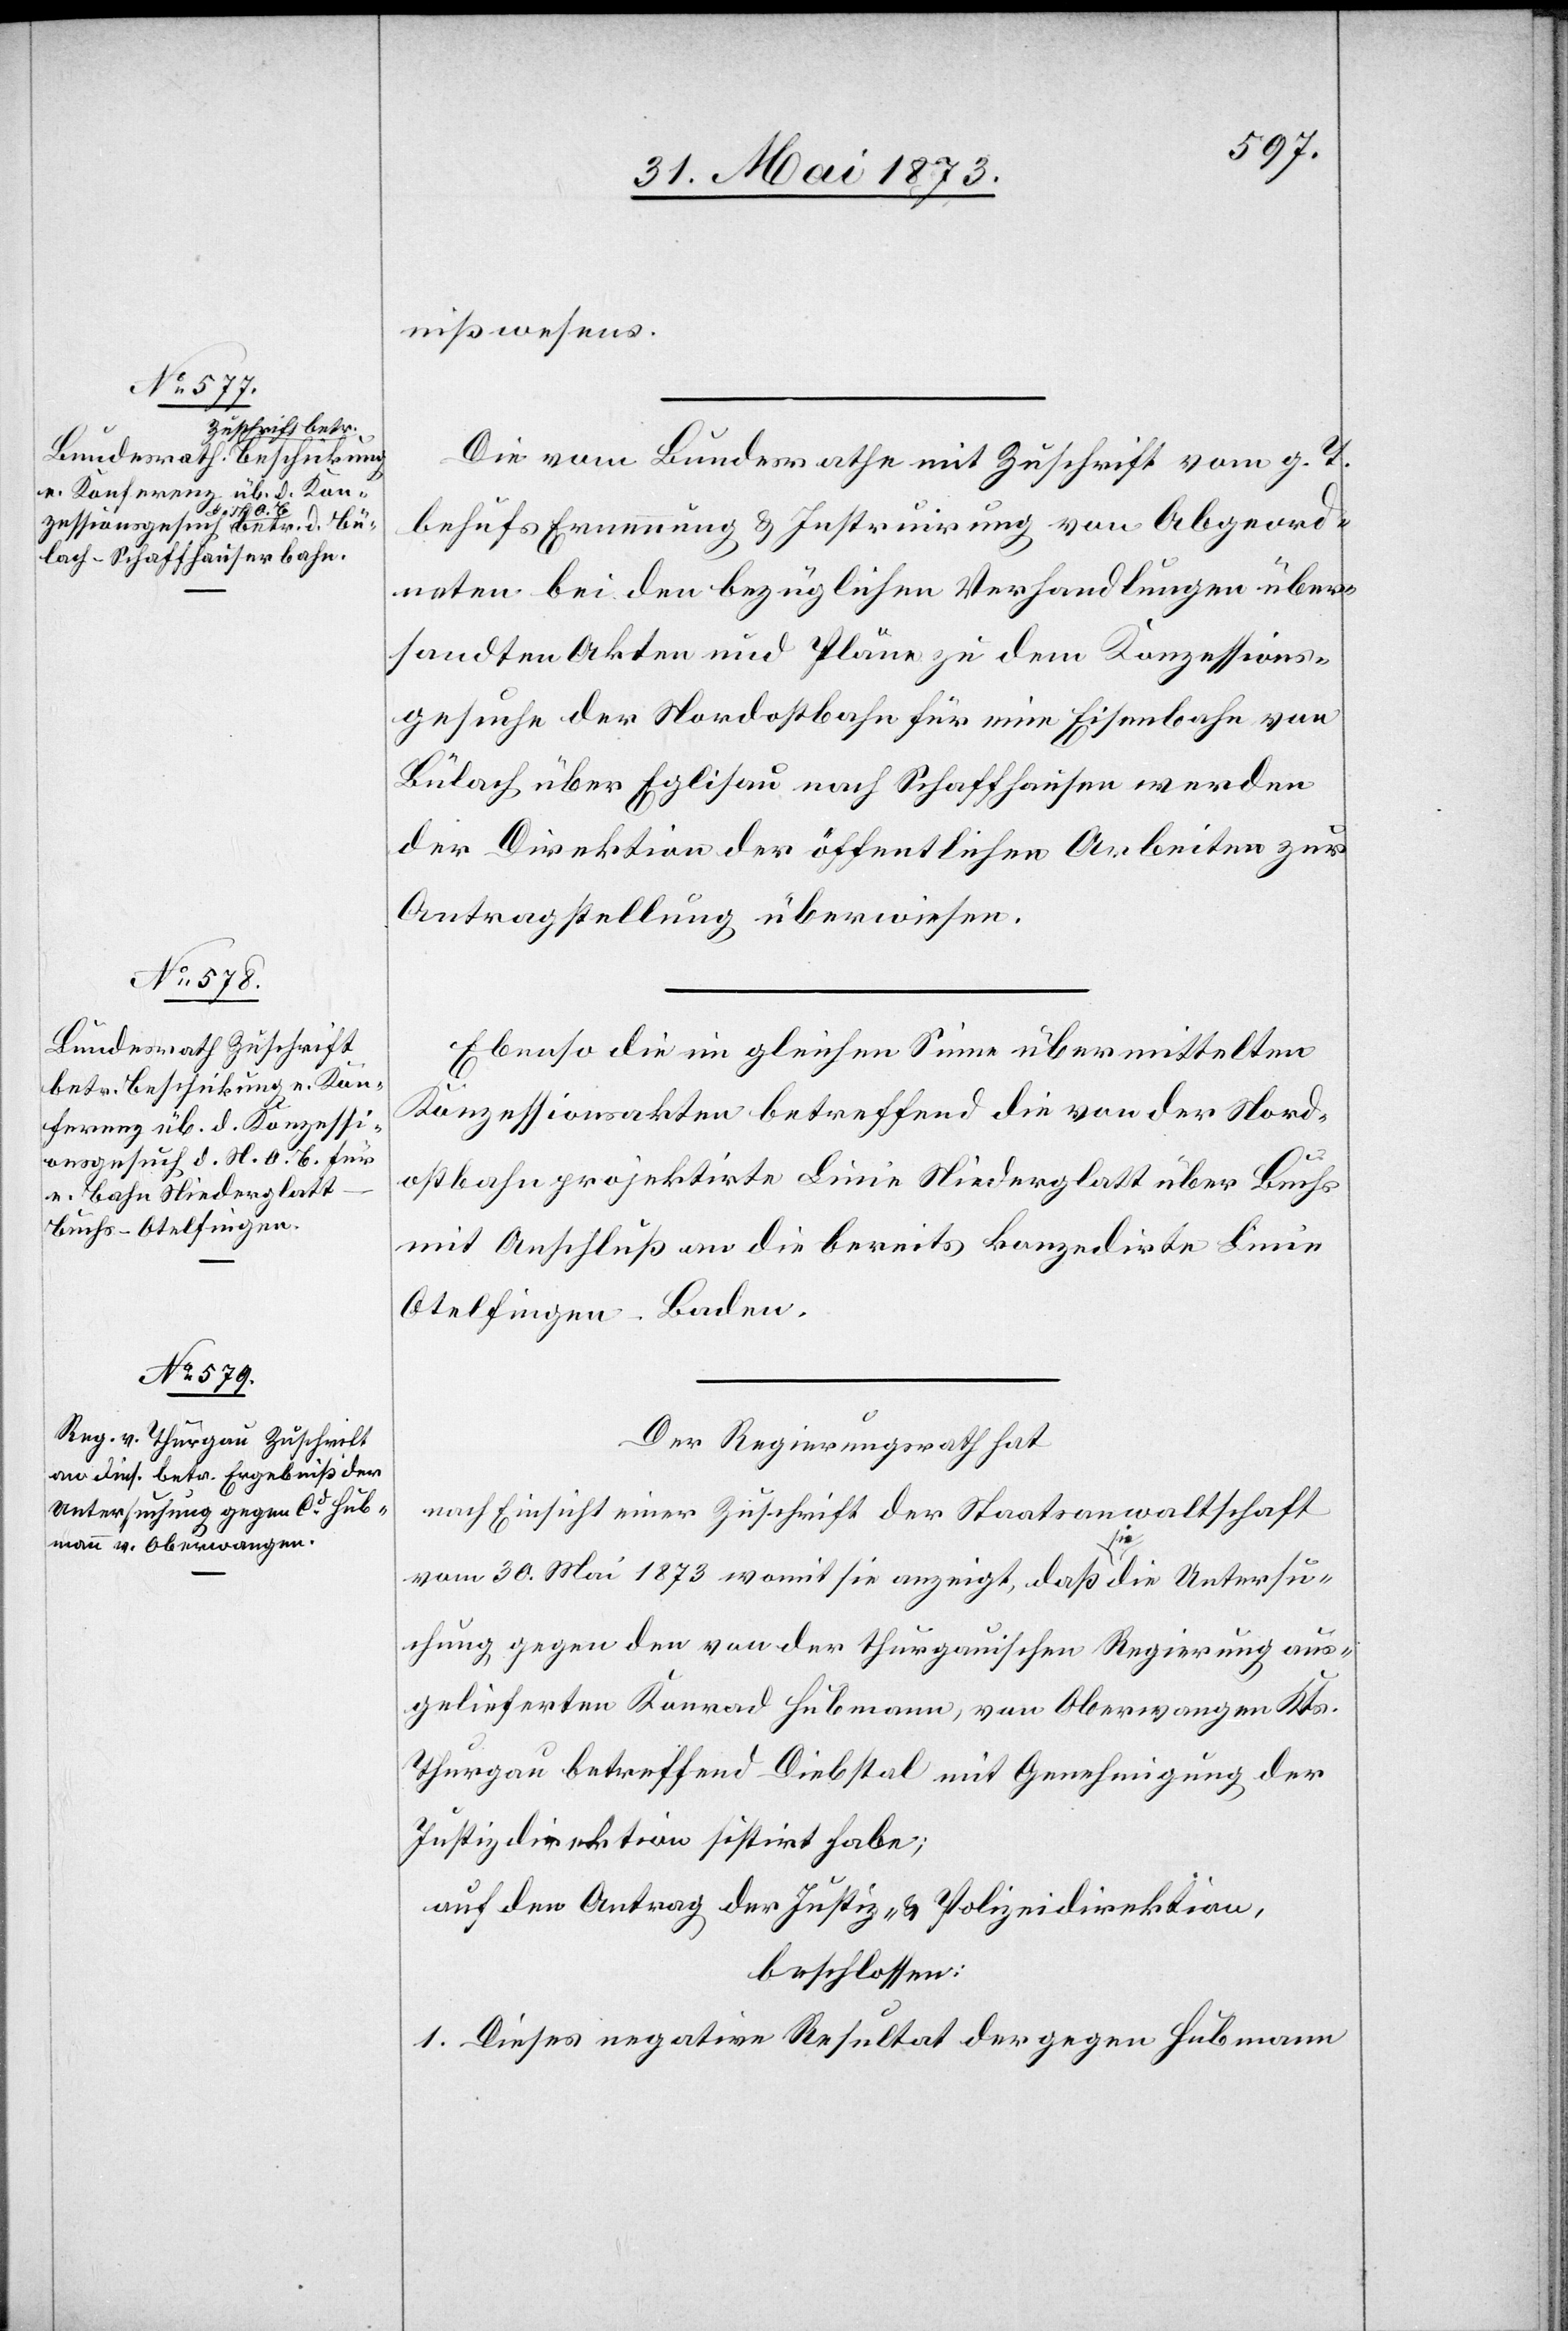
31. Mai 1873]
nißwesens.
Die vom Bundesrathe mit Zuschrift vom g. T.
behufs Ernennung & Instruirung von Abgeord¬
neten bei den bezüglichen Verhandlungen über¬
sandten Akten und Pläne zu dem Konzessions¬
gesuche der Nordostbahn für eine Eisenbahn von
Bülach über Eglisau nach Schaffhausen werden
der Direktion der öffentlichen Arbeiten zur
Antragstellung überwiesen.
Ebenso die im gleichen Sinne übermittelten
Konzessionsakten betreffend die von der Nord¬
ostbahn projektirte Linie Niederglatt über Buchs
mit Anschluß an die bereits konzedirte Linie
Otelfingen–Baden.
Der Regierungsrath hat
nach Einsicht einer Zuschrift der Staatsanwaltschaft
vom 30. Mai 1873 womit sie anzeigt, daß sie die Untersu¬
chung, gegen den von der thurgauischen Regierung aus¬
gelieferten Konrad Hubmann, von Oberwangen Kts.
Thurgau betreffend Diebstal mit Genehmigung der
Justizdirektion sistirt habe;
auf den Antrag der Justiz- & Polizeidirektion,
beschlossen:
1. Dieses negative Resultat der gegen Hubmann